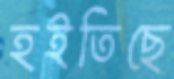
হইতিছে